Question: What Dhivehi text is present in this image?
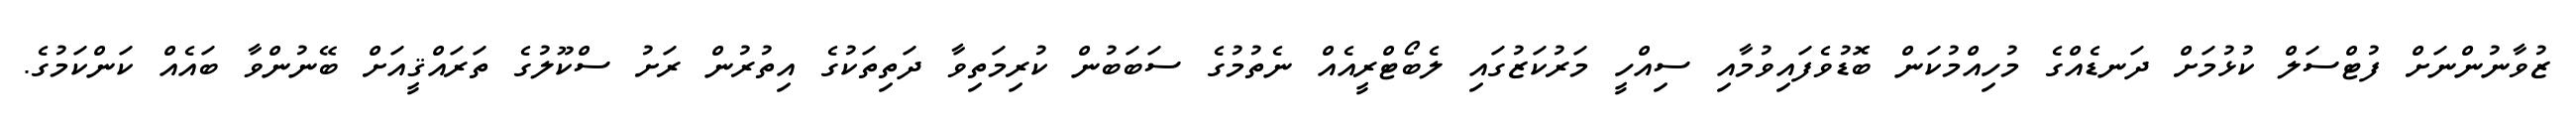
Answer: ޒުވާނުންނަށް ފުޓްސަލް ކުޅުމަށް ދަނޑެއްގެ މުހިއްމުކަން ބޮޑުވެފައިވުމާއި ސިއްހީ މަރުކަޒުގައި ލެބޯޓްރީއެއް ނެތުމުގެ ސަބަބުން ކުރިމަތިވާ ދަތިތަކުގެ އިތުރުން ރަށު ސްކޫލުގެ ތަރައްޤީއަށް ބޭނުންވާ ބައެއް ކަންކަމުގެ.